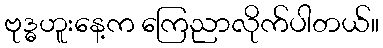
ဗုဒ္ဓဟူးနေ့က ကြေညာလိုက်ပါတယ်။